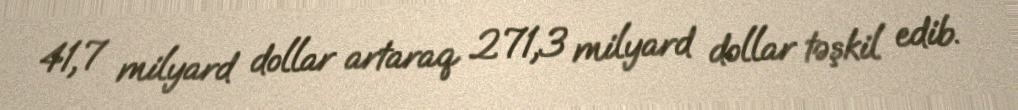
41,7 milyard dollar artaraq 271,3 milyard dollar təşkil edib.